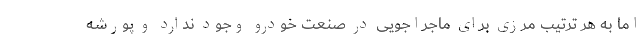
اما به هر ترتیب مرزی برای ماجراجویی در صنعت خودرو وجود ندارد و پورشه